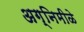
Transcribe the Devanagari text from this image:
अग्निमीळे